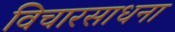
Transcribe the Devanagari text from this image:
विचारसाधना